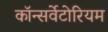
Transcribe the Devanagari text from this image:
कॉन्सर्वेटोरियम